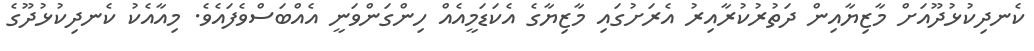
ކެނދިކުޅުދޫއަށް މާޒިޔާއިން ދަތުރުކުރާއިރު އެރަށުގައި މާޒިޔާގެ އެކަޑަމީއެއް ހިންގަންވަނީ އެއްބަސްވެފައެވެ. މިއާއެކު ކެނދިކުޅުދޫގެ